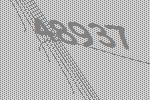
48937